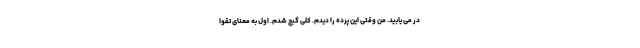
در می یابید. من وقتی این پرده را دیدم. کلی گیج شدم. اول به معنای تقوا